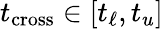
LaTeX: t_{\mathrm{cross}}\in[t_{\ell},t_{u}]